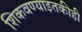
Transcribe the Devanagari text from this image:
शिकवण्याइतकीही